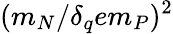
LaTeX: (m_{N}/\delta_{q}em_{P})^{2}